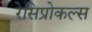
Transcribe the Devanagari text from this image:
रेसिप्रोकल्स